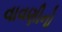
વાવણીનો